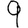
Digit: 9